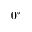
0 ^ { \circ }